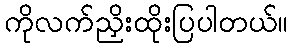
ကိုလက်ညှိးထိုးပြပါတယ်။